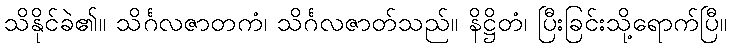
သိနိုင်ခဲ၏။ သိင်္ဂလဇာတကံ၊ သိင်္ဂလဇာတ်သည်။ နိဋ္ဌိတံ၊ ပြီးခြင်းသို့ရောက်ပြီ။